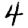
Digit: 4